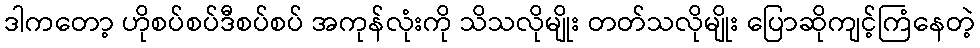
ဒါကတော့ ဟိုစပ်စပ်ဒီစပ်စပ် အကုန်လုံးကို သိသလိုမျိုး တတ်သလိုမျိုး ပြောဆိုကျင့်ကြံနေတဲ့